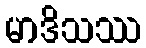
မာဒိသဿ